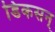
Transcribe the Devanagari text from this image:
डिकसन्